Mental hospitals Bombay report 1921-28 - 1921-1928
Year: 1921
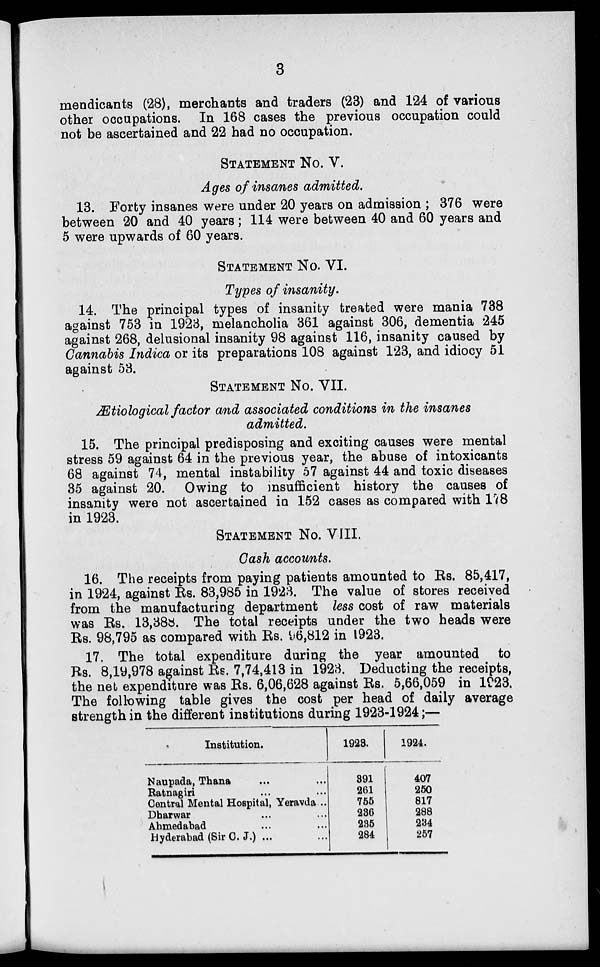
3
mendicants (28), merchants and traders (23) and 124 of various
other occupations. In 168 cases the previous occupation could
not be ascertained and 22 had no occupation.
STATEMENT No. V.
Ages of insanes admitted.
13. Forty insanes were under 20 years on admission ; 376 were
between 20 and 40 years; 114 were between 40 and 60 years and
5 were upwards of 60 years.
STATEMENT No. VI.
Types of insanity.
14. The principal types of insanity treated were mania 738
against 753 in 1923, melancholia 361 against 306, dementia 245
against 268, delusional insanity 98 against 116, insanity caused by
Cannabis Indica or its preparations 108 against 123, and idiocy 51
against 53.
STATEMENT No. VII.
Ætiological factor and associated conditions in the insanes
admitted.
15. The principal predisposing and exciting causes were mental
stress 59 against 64 in the previous year, the abuse of intoxicants
68 against 74, mental instability 57 against 44 and toxic diseases
35 against 20. Owing to insufficient history the causes of
insanity were not ascertained in 152 cases as compared with 178
in 1923.
STATEMENT No. VIII.
Cash accounts.
16. The receipts from paying patients amounted to Rs. 85,417,
in 1924, against Rs. 83,985 in 1923. The value of stores received
from the manufacturing department less cost of raw materials
was Rs. 13,388. The total receipts under the two heads were
Rs. 98,795 as compared with Rs. 96,812 in 1923.
17. The total expenditure during the year amounted to
Rs. 8,19,978 against Rs. 7,74,413 in 1923. Deducting the receipts,
the net expenditure was Rs. 6,06,628 against Rs. 5,66,059 in 1923.
The following table gives the cost per head of daily average
strength in the different institutions during 1923-1924;—
Institution.
Naupada, Thana ... ...
Ratnagiri ... ...
Central Mental Hospital, Yeravda ...
Dharwar ... ...
Ahmedabad ... ...
Hyderabad (Sir C. J.) ... ...
1923.
391
261
755
236
235
284
1924.
407
250
817
288
234
257